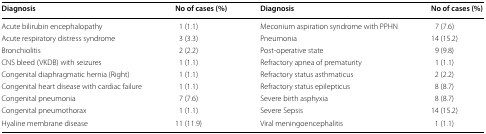
| Diagnosis | No of cases (%) | Diagnosis | No of cases (%) |
 | --- | --- | --- | --- |
 | Acute bilirubin encephalopathy | 1 (1.1) | Meconium aspiration syndrome with PPHN | 7 (7.6) |
 | Acute respiratory distress syndrome | 3 (3.3) | Pneumonia | 14 (15.2) |
 | Bronchiolitis | 2 (2.2) | Post-operative state | 9 (9.8) |
 | CNS bleed (VKDB) with seizures | 1 (1.1) | Refractory apnea of prematurity | 1 (1.1) |
 | Congenital diaphragmatic hernia (Right) | 1 (1.1) | Refractory status asthmaticus | 2 (2.2) |
 | Congenital heart disease with cardiac failure | 1 (1.1) | Refractory status epilepticus | 8 (8.7) |
 | Congenital pneumonia | 7 (7.6) | Severe birth asphyxia | 8 (8.7) |
 | Congenital pneumothorax | 1 (1.1) | Severe Sepsis | 14 (15.2) |
 | Hyaline membrane disease | 11 (11.9) | Viral meningoencephalitis | 1 (1.1) |